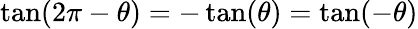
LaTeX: \tan(2\pi-\theta)=-\tan(\theta)=\tan(-\theta)